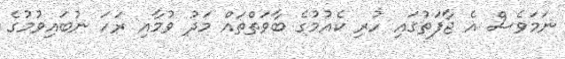
ނަމަވެސް އެ ޖާފަތުގައި ހުރި ކެއުމުގެ ބާވަތްތައް މަދު ވުމާއި ރަހަ ނުބައިވުމުގެ